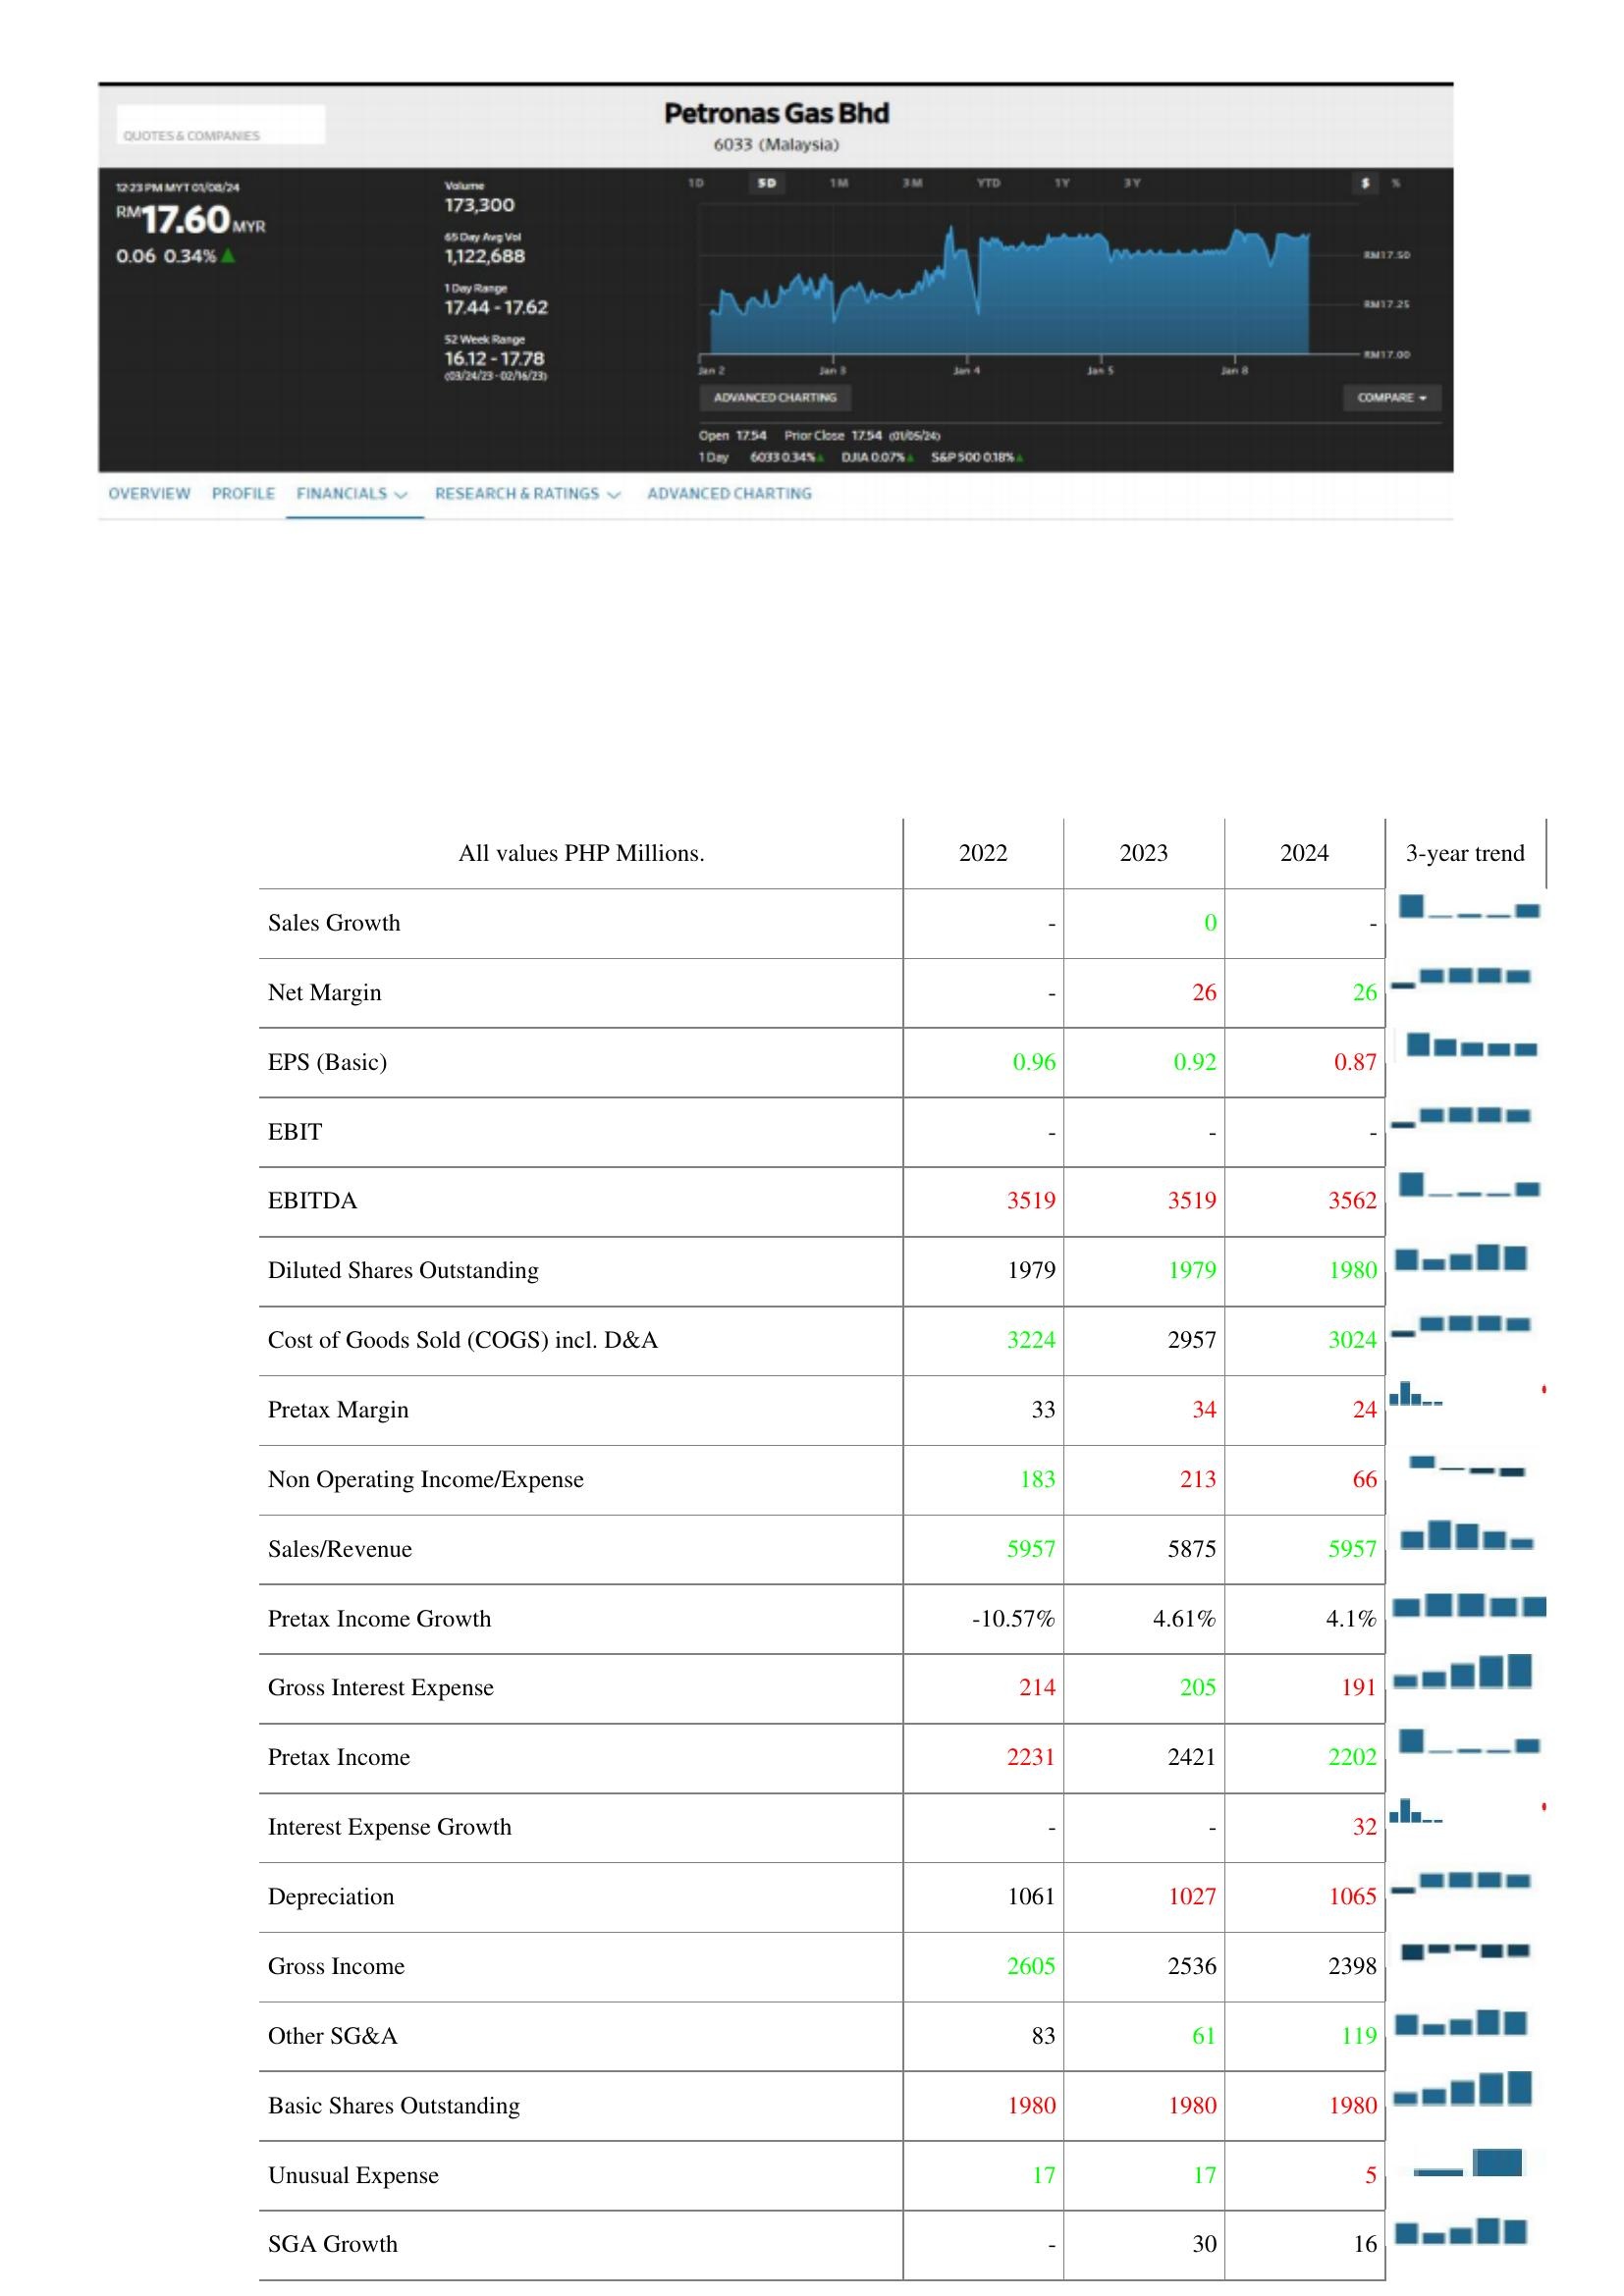
2022: : Sales Growth: -
Net Margin: -
EPS (Basic): 0.96
EBIT: -
EBITDA: 3519
Diluted Shares Outstanding: 1979
Cost of Goods Sold (COGS) incl. D&A: 3224
Pretax Margin: 33
Non Operating Income/Expense: 183
Sales/Revenue: 5957
Pretax Income Growth: -10.57%
Gross Interest Expense: 214
Pretax Income: 2231
Interest Expense Growth: -
Depreciation: 1061
Gross Income: 2605
Other SG&A: 83
Basic Shares Outstanding: 1980
Unusual Expense: 17
SGA Growth: -
2023: : Sales Growth: 0
Net Margin: 26
EPS (Basic): 0.92
EBIT: -
EBITDA: 3519
Diluted Shares Outstanding: 1979
Cost of Goods Sold (COGS) incl. D&A: 2957
Pretax Margin: 34
Non Operating Income/Expense: 213
Sales/Revenue: 5875
Pretax Income Growth: 4.61%
Gross Interest Expense: 205
Pretax Income: 2421
Interest Expense Growth: -
Depreciation: 1027
Gross Income: 2536
Other SG&A: 61
Basic Shares Outstanding: 1980
Unusual Expense: 17
SGA Growth: 30
2024: : Sales Growth: -
Net Margin: 26
EPS (Basic): 0.87
EBIT: -
EBITDA: 3562
Diluted Shares Outstanding: 1980
Cost of Goods Sold (COGS) incl. D&A: 3024
Pretax Margin: 24
Non Operating Income/Expense: 66
Sales/Revenue: 5957
Pretax Income Growth: 4.1%
Gross Interest Expense: 191
Pretax Income: 2202
Interest Expense Growth: 32
Depreciation: 1065
Gross Income: 2398
Other SG&A: 119
Basic Shares Outstanding: 1980
Unusual Expense: 5
SGA Growth: 16